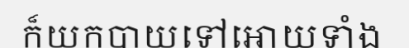
ក៏យកបាយទៅអោយទាំង